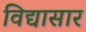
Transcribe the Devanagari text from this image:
विद्यासार